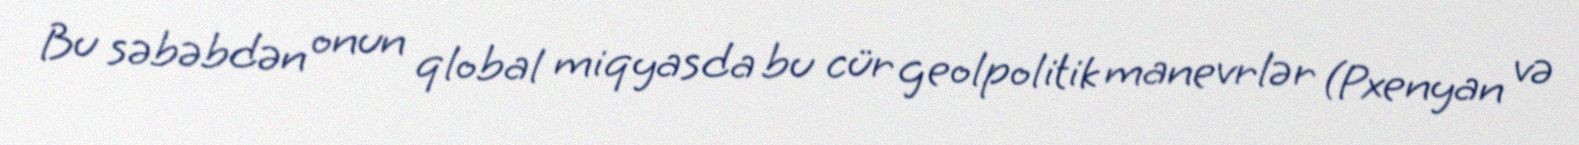
Bu səbəbdən onun qlobal miqyasda bu cür geolpolitik manevrlər (Pxenyan və